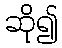
ဆို၍